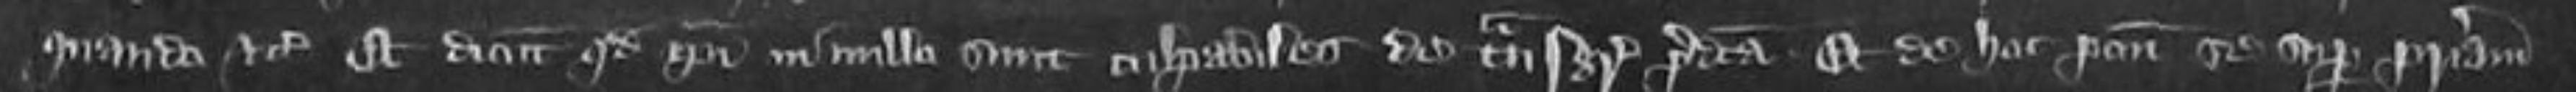
quando etc et dicunt quod ipsi in nulla sunt culpabiles de transgressione predicta. Et de hoc ponunt se super patriam